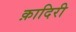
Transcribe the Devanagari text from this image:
क़ादिरी